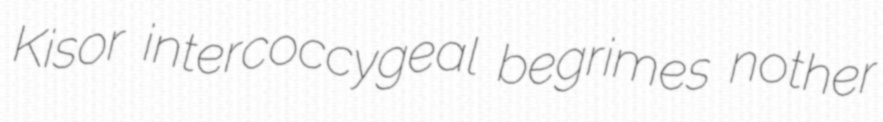
Kisor intercoccygeal begrimes nother